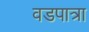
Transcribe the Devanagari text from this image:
वडपात्रा